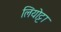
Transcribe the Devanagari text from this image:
लियोट्टा